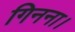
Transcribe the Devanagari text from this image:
गिनना।